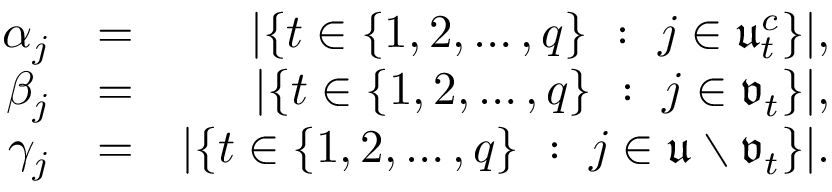
\begin{array} { r l r } { \alpha _ { j } } & { = } & { | \{ t \in \{ 1 , 2 , \ldots , q \} \ : \ j \in \mathfrak { u } _ { t } ^ { c } \} | , } \\ { \beta _ { j } } & { = } & { | \{ t \in \{ 1 , 2 , \ldots , q \} \ : \ j \in \mathfrak { v } _ { t } \} | , } \\ { \gamma _ { j } } & { = } & { | \{ t \in \{ 1 , 2 , \ldots , q \} \ : \ j \in \mathfrak { u } \setminus \mathfrak { v } _ { t } \} | . } \end{array}